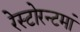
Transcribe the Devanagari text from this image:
रेस्‍टोरन्टमां